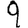
Digit: 9